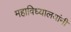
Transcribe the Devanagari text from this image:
महाविध्यालयांनी